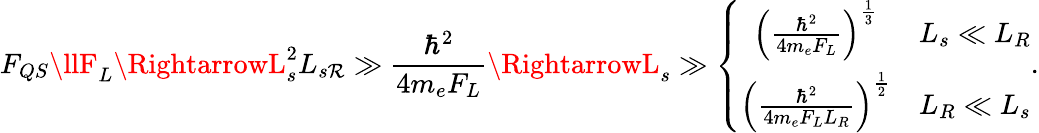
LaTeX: F_{QS}\llF_{L}\RightarrowL_{s}^{2}L_{s\mathcal{R}}\gg\frac{{\hbar^{2}}}{{4m_{e}F_{L}}}\RightarrowL_{s}\gg\left\{ \begin{array}{cc}{\left(\frac{\hbar^{2}}{4m_{e}F_{L}}\right)^{\frac{1}{3}}}&{L_{s}\ll L_{R}}\\ {\left(\frac{\hbar^{2}}{4m_{e}F_{L}L_{R}}\right)^{\frac{1}{2}}}&{L_{R}\ll L_{s}}\end{array}\right..